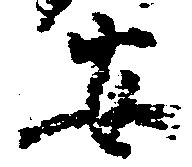
安